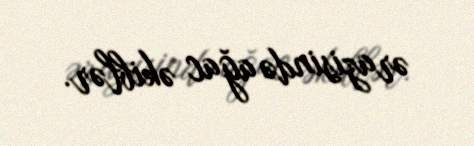
ərazisində ağac əkiblər.